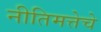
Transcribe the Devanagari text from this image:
नीतिमत्तेचे